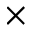
\times